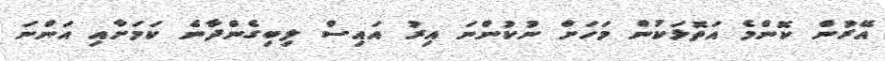
އޭރުން ކޮންމެ އަތޮޅަކުން މަހަށް ނުކުންނަ އިރު އައިސް ލިބިގެންދާނެ ކަމަށާއި އަންނަ